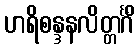
ဟရိစန္ဒနလိတ္တင်္ဂိံ